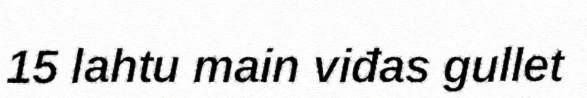
15 lahtu main viđas gullet